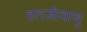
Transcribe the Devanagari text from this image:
हतजीवाणु